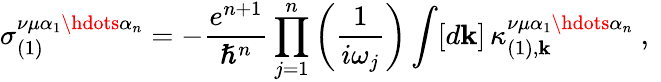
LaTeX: \sigma_{(1)}^{\nu\mu\alpha_{1}\hdots\alpha_{n}}=-\frac{e^{n+1}}{\hslash^{n}}\prod_{j=1}^{n}\left(\frac{1}{i\omega_{j}}\right)\int[d\mathbf{k}]\, \kappa_{(1),\mathbf{k}}^{\nu\mu\alpha_{1}\hdots\alpha_{n}}\mathrm{~,~}